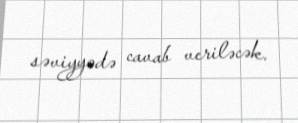
səviyyədə cavab veriləcək.